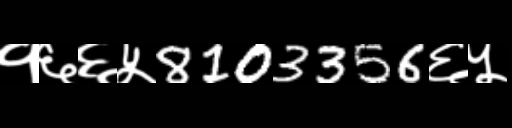
Text: १६६५8103356६५